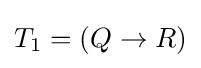
T_{1}=(Q\to R)